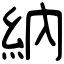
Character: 納